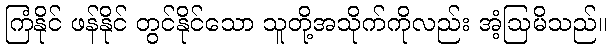
ကြံနိုင် ဖန်နိုင် တွင်နိုင်သော သူတို့အသိုက်ကိုလည်း အံ့ဩမိသည်။